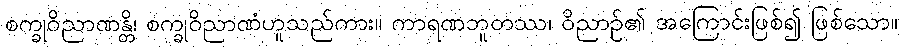
စက္ခုဝိညာဏန္တိ၊ စက္ခုဝိညာဏံဟူသည်ကား။ ကာရဏဘူတဿ၊ ဝိညာဉ်၏ အကြောင်းဖြစ်၍ ဖြစ်သော။